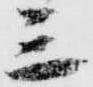
三